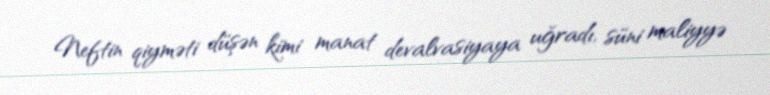
Neftin qiyməti düşən kimi manat devalvasiyaya uğradı, süni maliyyə